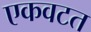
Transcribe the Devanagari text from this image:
एकवटत